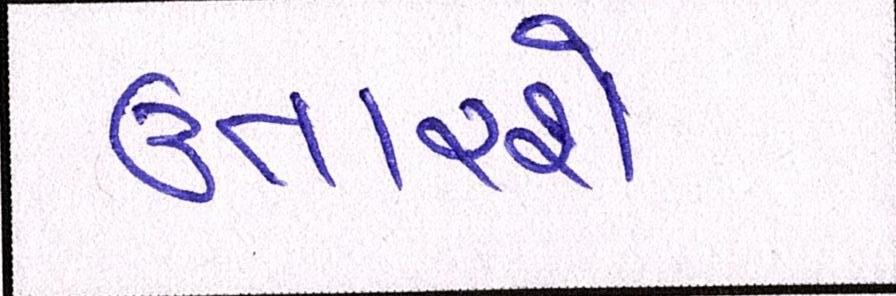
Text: ઉતારશે